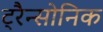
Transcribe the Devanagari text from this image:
ट्रैन्सोनिक